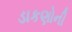
ડાકણોની